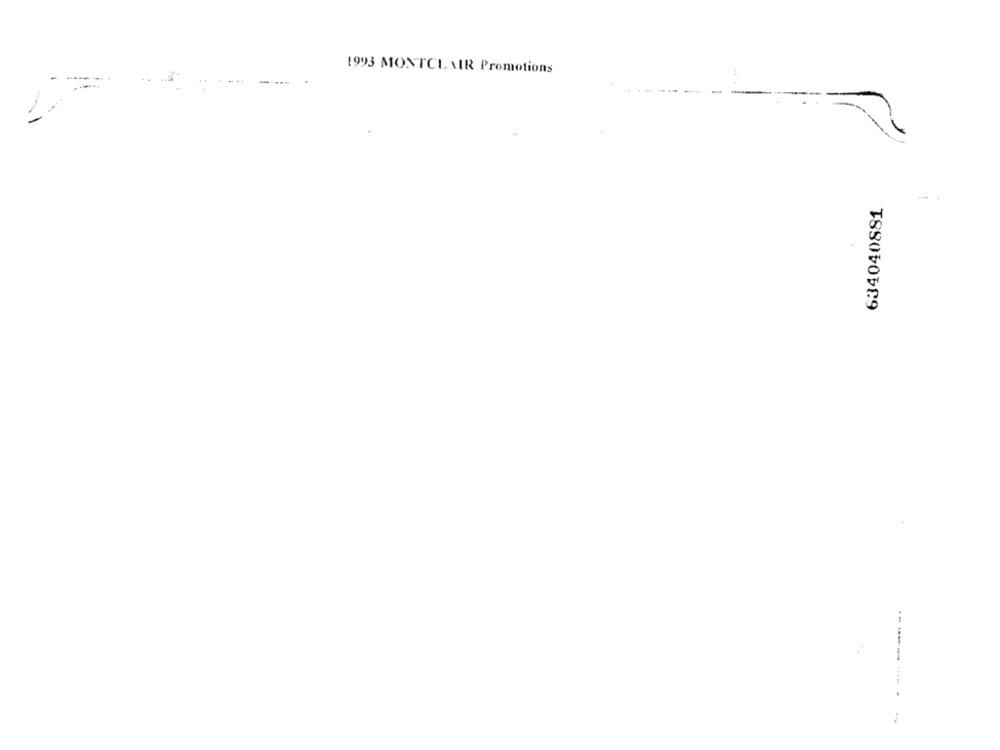
1993 MONTCLAIR Promotions
634040881
----- -- -
-